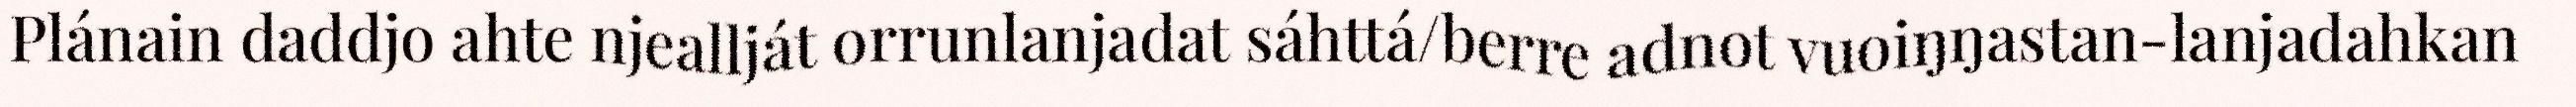
Plánain daddjo ahte njeallját orrunlanjadat sáhttá/berre adnot vuoiŋŋastan-lanjadahkan